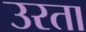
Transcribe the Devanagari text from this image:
उरता